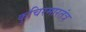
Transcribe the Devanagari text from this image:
कुचिरमारतंत्र